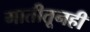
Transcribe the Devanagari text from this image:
मातीतूनही